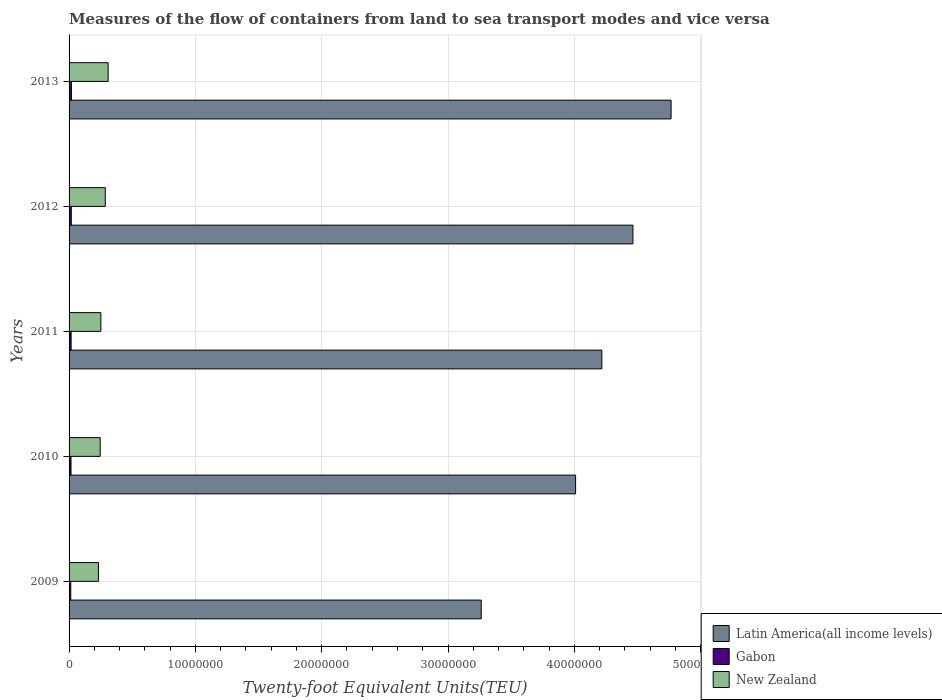
| Years | Latin America(all income levels) | Gabon | New Zealand |
 | --- | --- | --- | --- |
 | 2009 | 3.26e+07 | 1.32e+05 | 2.32e+06 |
 | 2010 | 4.01e+07 | 1.54e+05 | 2.46e+06 |
 | 2011 | 4.22e+07 | 1.62e+05 | 2.52e+06 |
 | 2012 | 4.46e+07 | 1.75e+05 | 2.87e+06 |
 | 2013 | 4.77e+07 | 1.88e+05 | 3.09e+06 |